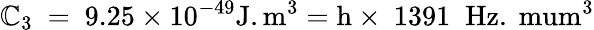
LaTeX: \mathbb{C}_{3}~=~9.25\times10^{-49}\mathrm{{J.m^{3}}}=\mathrm{{h}}\times~1391~\; \mathrm{{Hz.\ mum^{3}}}